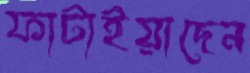
ফাটাইয়াছেন